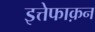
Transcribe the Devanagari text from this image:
इत्तेफाक़न